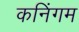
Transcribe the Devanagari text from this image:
कनिंगम